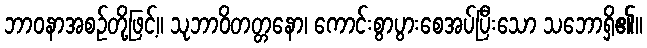
ဘာဝနာအစဉ်တို့ဖြင့်။ သုဘာဝိတတ္တနော၊ ကောင်းစွာပွားစေအပ်ပြီးသော သဘောရှိ၏။